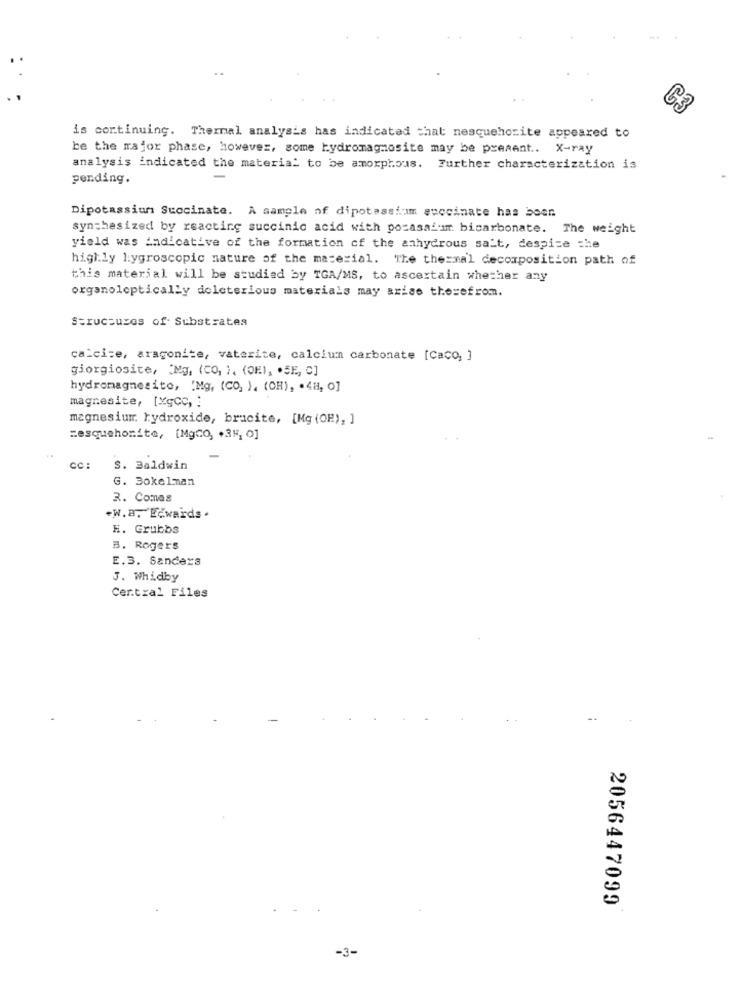
is continuing. Thermal analysis has indicated that nesquehorite appeared to
be the major phase, however, some hydromagnosite may be present .. X-ray
analysis indicated the material to be amorphous. Further characterization is
pending.
Dipotassium Suocinate. A sample of dipotassium succinate has boen
synthesized by reacting succinic acid with pozasaiumm bicarbonate. The weight
yield was Andicative of the formation of the anhydrous salt, despite the
highly hygroscopic nature of the material. The thermal decomposition path of
this material will be studied by TGA/MS, to ascertain whether any
organoleptically deleterious materials may arise therefrom.
Structures of Substrates
calcite, aragonite, vaterite, calcium carbonate [Caco, ]
giorgiosite, [Mg, (CO) ), (DE), . SE, C]
hydromagnesite, 'Mg, (CO, ), (OH), . 4H, 0]
magnesite, [xgCc, ]
magnesium hydroxide, brucite, [Mg (OH), ]
Resquehonite, [MgCO, + 35, 0]
CC:
S. Baldwin
G. 30kelman
R. Comes
.W.a. Edwards .
H. Grubbs
B. Rogers
E.3. Sanders
J. Whidby
Certxal Files
2056447099
-3-